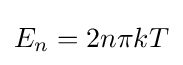
E_{n}=2n\pi kT